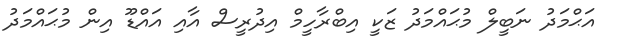
އަޙްމަދު ނަބީލް މުޙައްމަދު ޒަކީ އިބްރާހީމް އިދުރީސް އާއި އައްޑޫ އިން މުޙައްމަދު